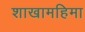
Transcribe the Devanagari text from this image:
शाखामहिमा